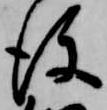
後